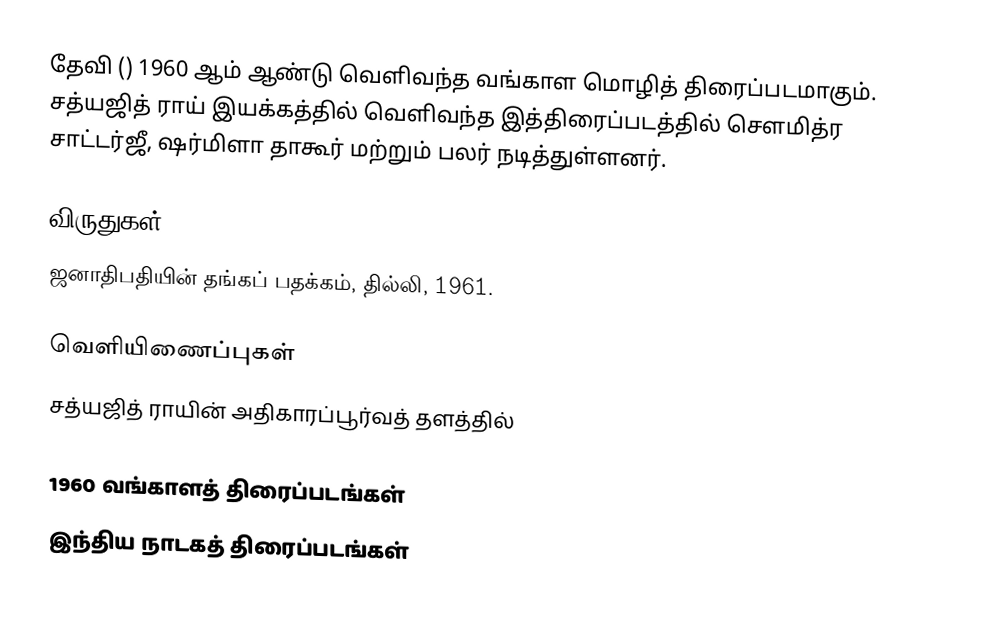
தேவி () 1960 ஆம் ஆண்டு வெளிவந்த வங்காள மொழித் திரைப்படமாகும். சத்யஜித் ராய் இயக்கத்தில் வெளிவந்த இத்திரைப்படத்தில் சௌமித்ர சாட்டர்ஜீ, ஷர்மிளா தாகூர் மற்றும் பலர் நடித்துள்ளனர்.

விருதுகள்
ஜனாதிபதியின் தங்கப் பதக்கம், தில்லி, 1961.

வெளியிணைப்புகள்
சத்யஜித் ராயின் அதிகாரப்பூர்வத் தளத்தில்

1960 வங்காளத் திரைப்படங்கள்
இந்திய நாடகத் திரைப்படங்கள்